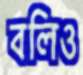
বলিও